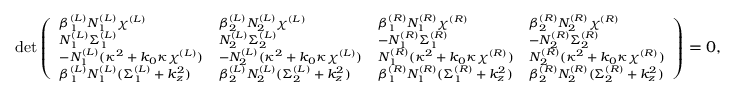
\footnotesize \operatorname* { d e t } \left( \begin{array} { l l l l } { \beta _ { 1 } ^ { ( L ) } N _ { 1 } ^ { ( L ) } \chi ^ { ( L ) } } & { \beta _ { 2 } ^ { ( L ) } N _ { 2 } ^ { ( L ) } \chi ^ { ( L ) } } & { \beta _ { 1 } ^ { ( R ) } N _ { 1 } ^ { ( R ) } \chi ^ { ( R ) } } & { \beta _ { 2 } ^ { ( R ) } N _ { 2 } ^ { ( R ) } \chi ^ { ( R ) } } \\ { N _ { 1 } ^ { ( L ) } \Sigma _ { 1 } ^ { ( L ) } } & { N _ { 2 } ^ { ( L ) } \Sigma _ { 2 } ^ { ( L ) } } & { - N _ { 1 } ^ { ( R ) } \Sigma _ { 1 } ^ { ( R ) } } & { - N _ { 2 } ^ { ( R ) } \Sigma _ { 2 } ^ { ( R ) } } \\ { - N _ { 1 } ^ { ( L ) } ( \kappa ^ { 2 } + k _ { 0 } \kappa \chi ^ { ( L ) } ) } & { - N _ { 2 } ^ { ( L ) } ( \kappa ^ { 2 } + k _ { 0 } \kappa \chi ^ { ( L ) } ) } & { N _ { 1 } ^ { ( R ) } ( \kappa ^ { 2 } + k _ { 0 } \kappa \chi ^ { ( R ) } ) } & { N _ { 2 } ^ { ( R ) } ( \kappa ^ { 2 } + k _ { 0 } \kappa \chi ^ { ( R ) } ) } \\ { \beta _ { 1 } ^ { ( L ) } N _ { 1 } ^ { ( L ) } ( \Sigma _ { 1 } ^ { ( L ) } + k _ { z } ^ { 2 } ) } & { \beta _ { 2 } ^ { ( L ) } N _ { 2 } ^ { ( L ) } ( \Sigma _ { 2 } ^ { ( L ) } + k _ { z } ^ { 2 } ) } & { \beta _ { 1 } ^ { ( R ) } N _ { 1 } ^ { ( R ) } ( \Sigma _ { 1 } ^ { ( R ) } + k _ { z } ^ { 2 } ) } & { \beta _ { 2 } ^ { ( R ) } N _ { 2 } ^ { ( R ) } ( \Sigma _ { 2 } ^ { ( R ) } + k _ { z } ^ { 2 } ) } \end{array} \right) = 0 ,